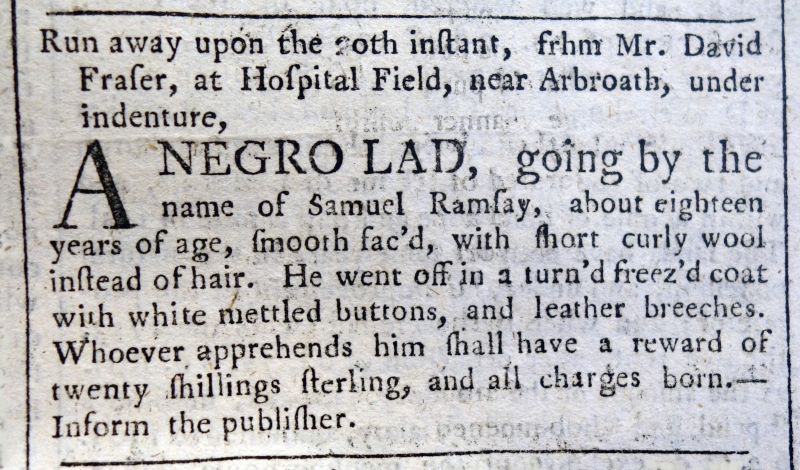
Edinburgh Evening Courant, 23 July 1760 (Scotland)
Run away upon the 20th instant, from Mr. David Fraser, at Hospital Field, near Arbroath, under indenture,  A NEGRO LAD, going by the name of Samuel Ramsay, about eighteen years of age, smooth fac’d with short curly wool instead of hair. He went off in a turn’d freez'd coat with white mettled buttons, and leather breeches. Whoever apprehends him shall have a reward of twenty shillings sterling, and all charges born. - Inform the publisher.